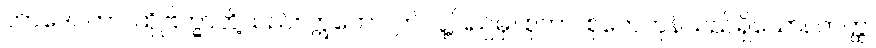
တာဒေဝတာ၊ ထိုဗြဟ္မာတို့သည်။ ဣတော၊ ဤလူ့ပြည်မှ။ စုတာ၊ စုတေကုန်သည်ရှိသော်။ တတ္ထ၊